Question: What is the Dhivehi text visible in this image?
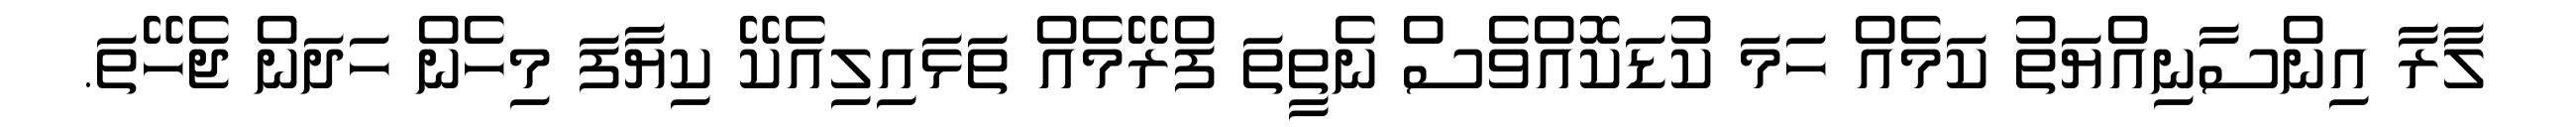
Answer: ލާރާ އިންސާނިއްޔަތު ކަމެއް ހަމަ ކުޑަކޮއްވެސް ނެތީތަ ފްރޭމެއް ތަޅައިލިއެކޭ ކިޔާފަ މިހެން ހަދަން ޖެހޭތަ.